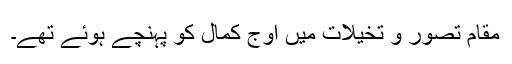
مقامِ تصور و تخیلات میں اوجِ کمال کو پہنچے ہوئے تھے۔